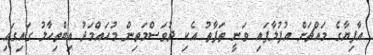
އާފިޔާގެ މައްޗަށް އުފުލާފައި ވަނީ ތަފާތު އެކި ދުވަސްމަތިން މުހައްމަދު އިބްތިހާލު ގައިގައި